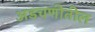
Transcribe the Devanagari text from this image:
अडचणीतील